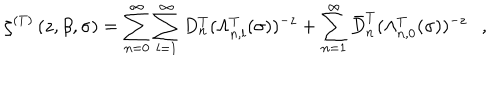
\zeta ^ { ( T ) } \left( z , \beta , \sigma \right) = \sum _ { n = 0 } ^ { \infty } \sum _ { l = 1 } ^ { \infty } D _ { n } ^ { T } ( \Lambda _ { n , l } ^ { T } ( \sigma ) ) ^ { - z } + \sum _ { n = 1 } ^ { \infty } \bar { D } _ { n } ^ { T } ( \Lambda _ { n , 0 } ^ { T } ( \sigma ) ) ^ { - z } ,